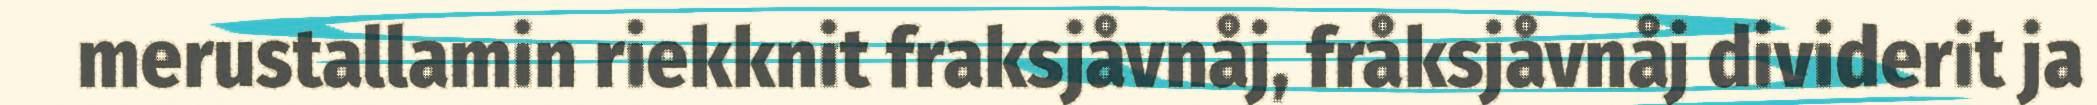
merustallamin riekknit fraksjåvnåj, fråksjåvnåj dividerit ja